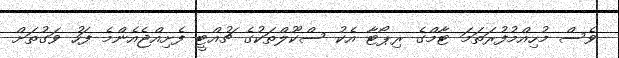
ވެސް މުހިއްމުފުރަތަމަ ޓާމްގެ ރިޕޯޓާ އެކު ސްކޫލްތަކުގެ ޗުއްޓީ ފެށިއްޖެއެންމެ ފަހު ވަގުތަށް